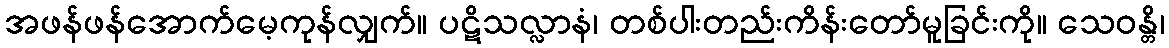
အဖန်ဖန်အောက်မေ့ကုန်လျှက်။ ပဋိသလ္လာနံ၊ တစ်ပါးတည်းကိန်းတော်မူခြင်းကို။ သေဝန္တိ၊